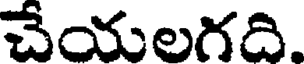
చేయలగది.